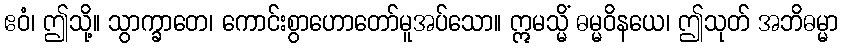
ဧဝံ၊ ဤသို့။ သွာက္ခာတေ၊ ကောင်းစွာဟောတော်မူအပ်သော။ ဣမသ္မိံ ဓမ္မဝိနယေ၊ ဤသုတ် အဘိဓမ္မာ